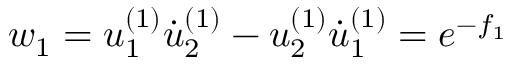
w _ { 1 } = u _ { 1 } ^ { ( 1 ) } \dot { u } _ { 2 } ^ { ( 1 ) } - u _ { 2 } ^ { ( 1 ) } \dot { u } _ { 1 } ^ { ( 1 ) } = e ^ { - f _ { 1 } }